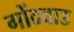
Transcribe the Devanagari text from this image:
गोंदवाड